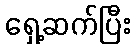
ရှေ့ဆက်ပြီး